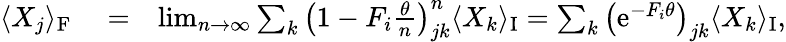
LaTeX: \begin{array}{rlr}{\langle{X}_{j}\rangle_{\mathrm{F}}}&{{}=}&{\operatorname*{lim}_{n\rightarrow\infty}\sum_{k}\left(1-{F}_{i}\frac{\theta}{n}\right)_{jk}^{n}\langle{X}_{k}\rangle_{\mathrm{I}}=\sum_{k}\left(\mathrm{e}^{-{F}_{i}\theta}\right)_{jk}\langle{X}_{k}\rangle_{\mathrm{I}},}\end{array}